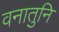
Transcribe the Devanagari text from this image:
वनातुनि